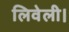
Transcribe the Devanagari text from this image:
लिवेली।